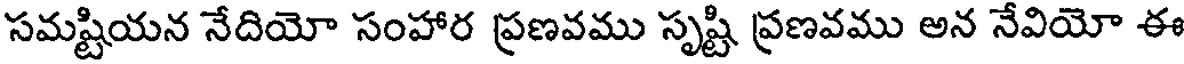
సమష్టియన నేదియో సంహార ప్రణవము సృష్టి ప్రణవము అన నేవియో ఈ